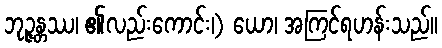
ဘုဉ္ဇန္တဿ၊ ၏လည်းကောင်း၊) ယော၊ အကြင်ရဟန်းသည်။